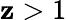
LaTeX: \mathbf{z}>1